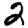
Digit: 2